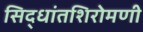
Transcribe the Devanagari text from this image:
सिद्धांतशिरोमणी